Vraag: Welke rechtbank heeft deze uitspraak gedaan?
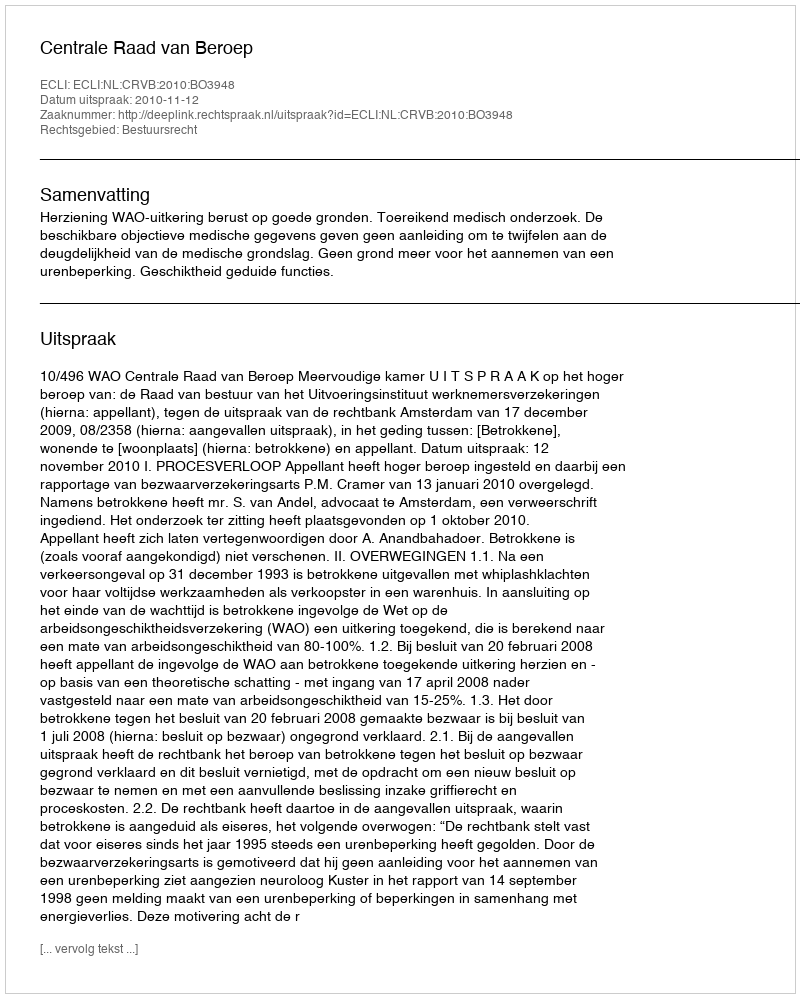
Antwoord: Centrale Raad van Beroep